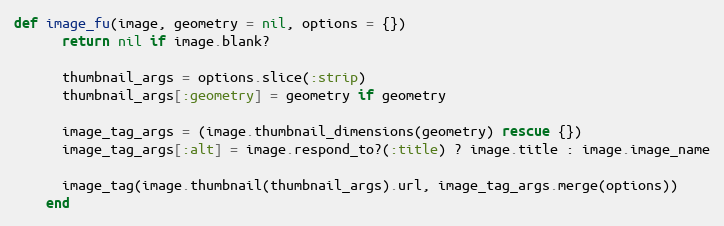
Language: Ruby
def image_fu(image, geometry = nil, options = {})
      return nil if image.blank?

      thumbnail_args = options.slice(:strip)
      thumbnail_args[:geometry] = geometry if geometry

      image_tag_args = (image.thumbnail_dimensions(geometry) rescue {})
      image_tag_args[:alt] = image.respond_to?(:title) ? image.title : image.image_name

      image_tag(image.thumbnail(thumbnail_args).url, image_tag_args.merge(options))
    end